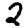
Digit: 2